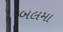
બલમા